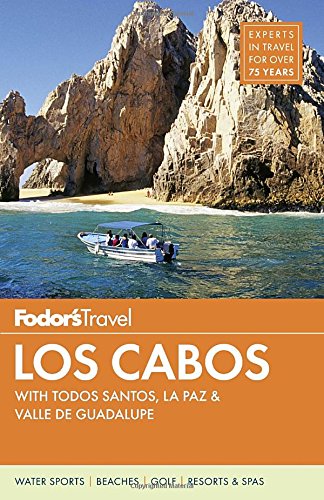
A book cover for Fodor's Los Cabos: with Todos Santos, La Paz & Valle de Guadalupe (Full-color Travel Guide); Fodor's; Travel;